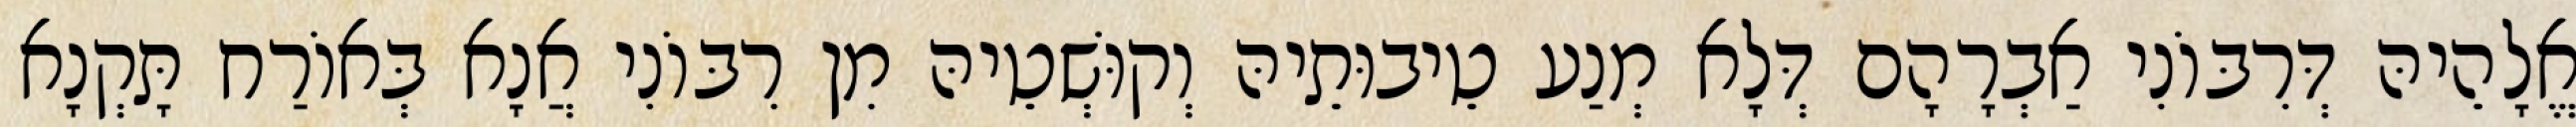
אֱלָהֵיהּ דְּרִבּוֹנִי אַבְרָהָם דְּלָא מְנַע טֵיבוּתֵיהּ וְקוּשְׁטֵיהּ מִן רִבּוֹנִי אֲנָא בְּאוֹרַח תָּקְנָא